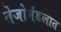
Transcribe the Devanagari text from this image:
तेजोमंडलात